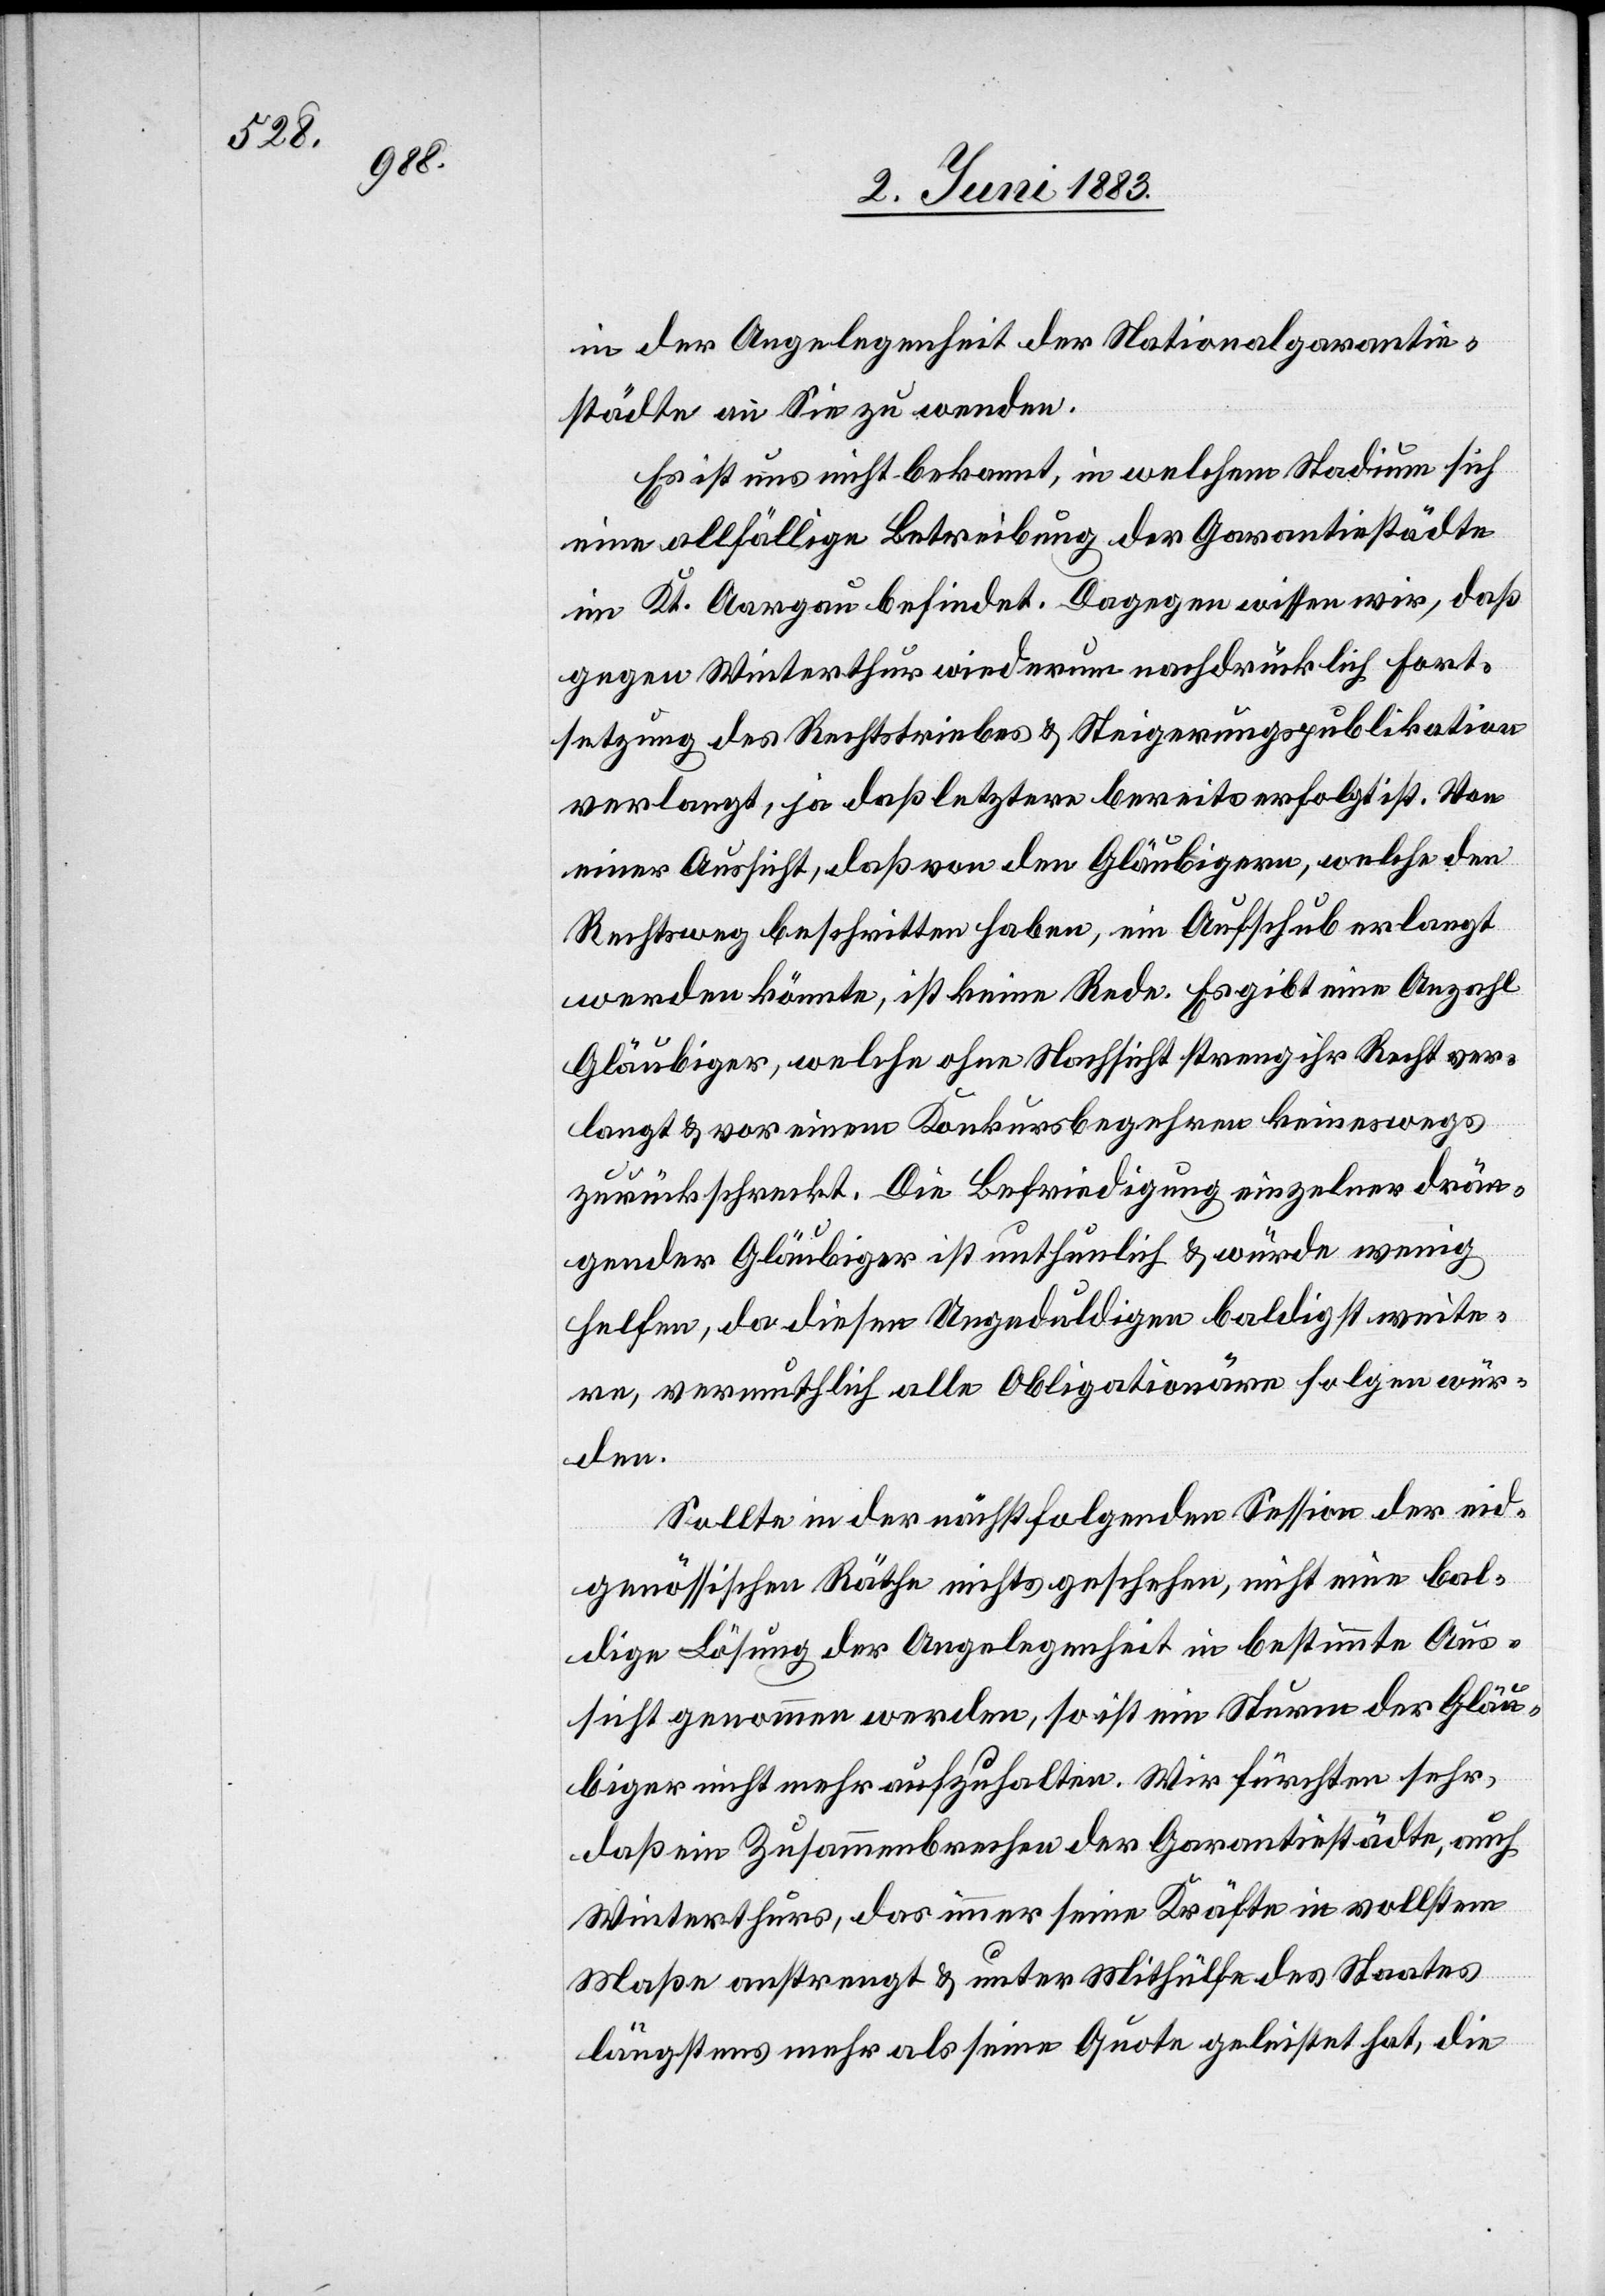
in der Angelegenheit der Nationalgarantie¬
städte an Sie zu wenden.
eine allfällige Betreibung der Garantiestädte
im Kt. Aargau befindet. Dagegen wissen wir, daß
gegen Winterthur wiederum nachdrücklich Fort¬
setzung des Rechtstriebes & Steigerungspublikation
verlangt, ja daß letztere bereits erfolgt ist. Von
einer Aussicht, daß von den Gläubigern, welche den
Rechtsweg beschritten haben, ein Aufschub erlangt
werden könnte, ist keine Rede. Es gibt eine Anzahl
Gläubiger, welche ohne Nachsicht streng ihr Recht ver¬
langt & vor einem Konkursbegehren keineswegs
zurückschreckt. Die Befriedigung einzelner drän¬
gender Gläubiger ist unthunlich & würde wenig
helfen, da diesen Ungeduldigen baldigst weite¬
re, vermuthlich alle Obligationäre folgen wür¬
den.
Sollte in der nächstfolgenden Session der eid¬
genössischen Räthe nichts geschehen, nicht eine bal¬
dige Lösung der Angelegenheit in bestimmte Aus¬
sicht genommen werden, so ist ein Sturm der Gläu¬
biger nicht mehr aufzuhalten. Wir fürchten sehr,
daß ein Zusammenbrechen der Garantiestädte, auch
Winterthur, das immer seine Kräfte in vollstem
Maße anstrengt & unter Mithülfe des Staates
längstens mehr als seine Quote geleistet hat, die